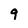
Character: 9